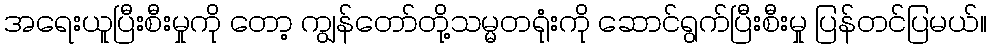
အရေးယူပြီးစီးမှုကို တော့ ကျွန်တော်တို့သမ္မတရုံးကို ဆောင်ရွက်ပြီးစီးမှု ပြန်တင်ပြမယ်။